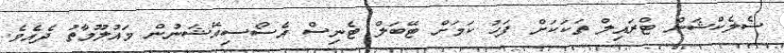
ސެލެކްޝަން ޓްރައިލް ތަކަކަށް ފަހު ކަމަށް ޓޭބަލް ޓެނިސް އެސޯސިއޭޝަނުން މައުލޫމާތު ދެއެވެ.